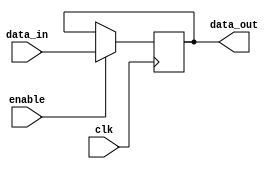
module level_sensitive_latch (
    input wire clk,
    input wire enable,
    input wire data_in,
    output reg data_out
);

always @ (posedge clk) begin
    if (enable) begin
        data_out <= data_in;
    end
end

endmodule